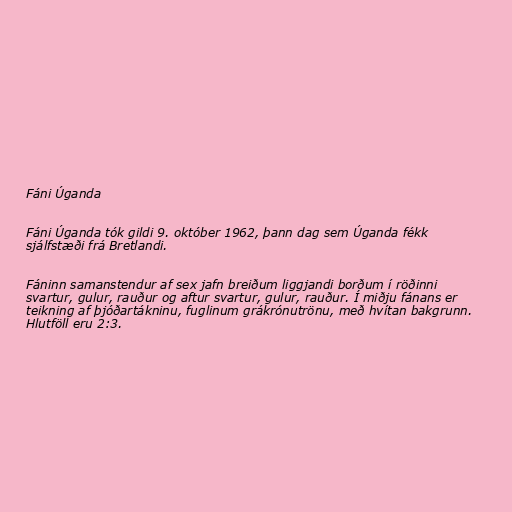
Fáni Úganda

Fáni Úganda tók gildi 9. október 1962, þann dag sem Úganda fékk
sjálfstæði frá Bretlandi.

Fáninn samanstendur af sex jafn breiðum liggjandi borðum í röðinni
svartur, gulur, rauður og aftur svartur, gulur, rauður. Í miðju fánans er
teikning af þjóðartákninu, fuglinum grákrónutrönu, með hvítan bakgrunn.
Hlutföll eru 2:3.